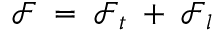
{ \mathcal F } \; = \; { \mathcal F } _ { t } \; + \; { \mathcal F } _ { l }